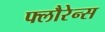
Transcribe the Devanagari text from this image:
फ्लौरेन्स